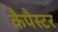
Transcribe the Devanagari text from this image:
कैपैस्टर